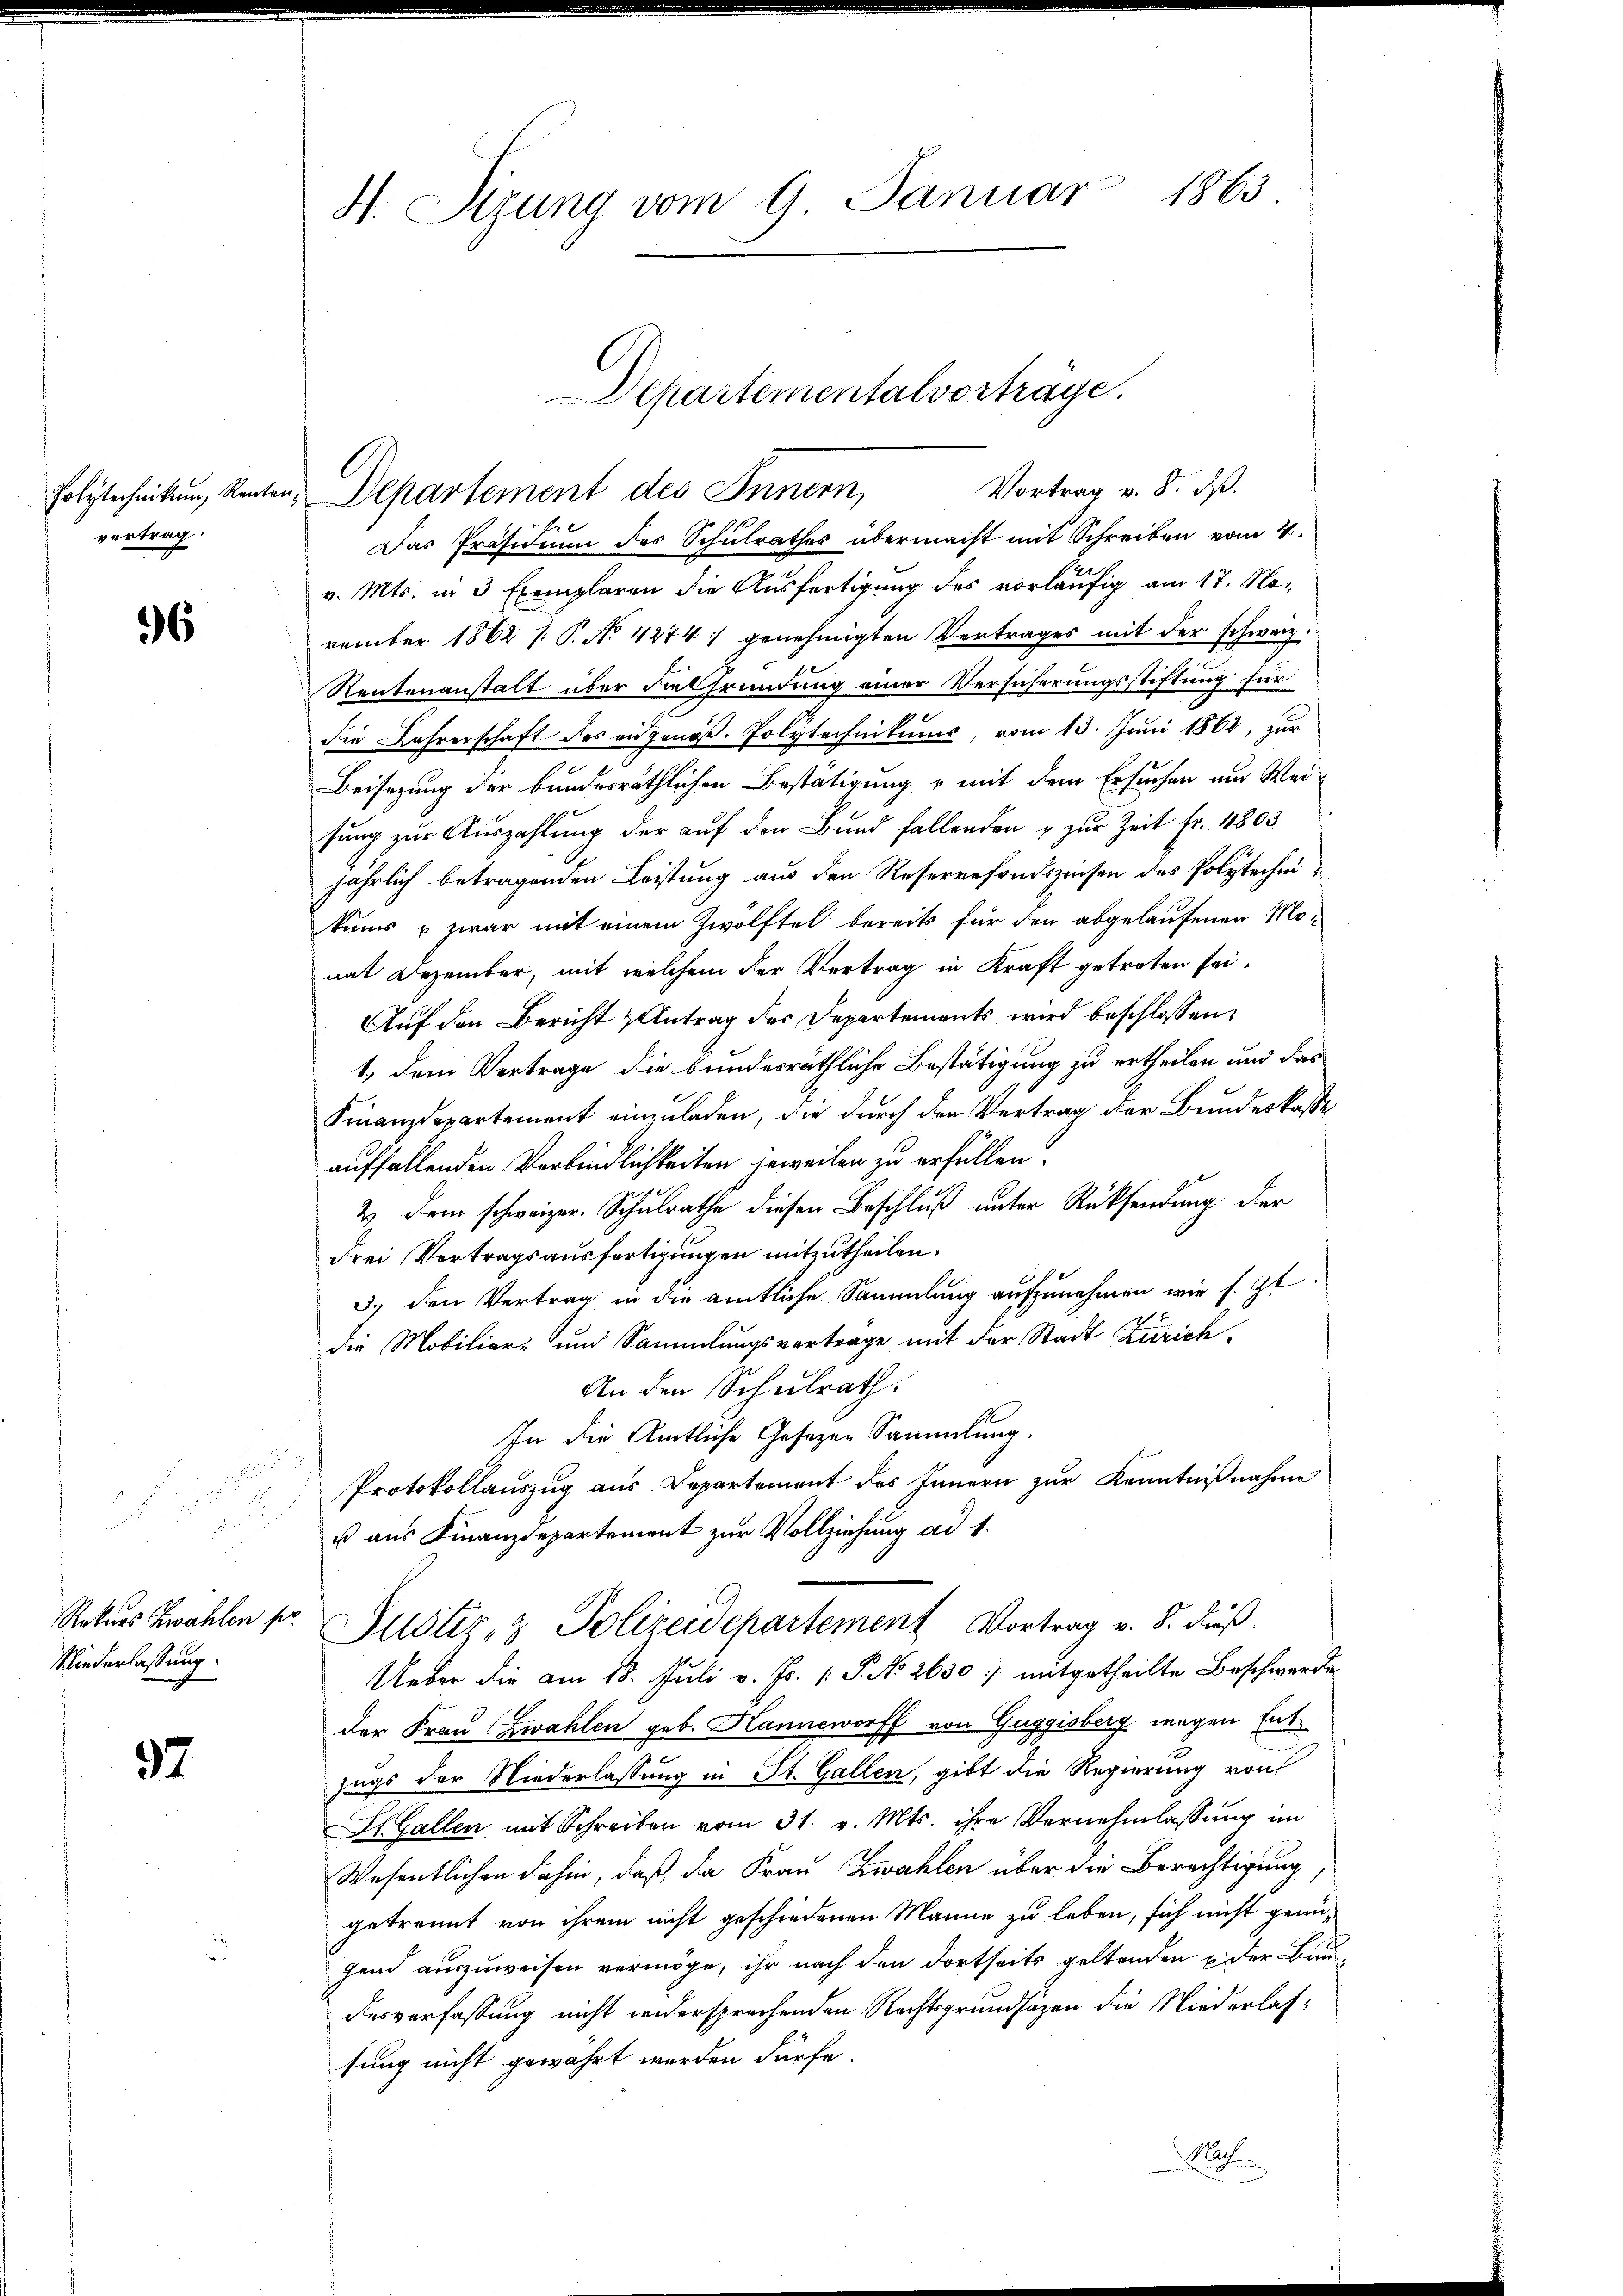
Polytechnikum, Renten
vertrag.

96

Niederlassung.

37

a

H. Sizung vom 9. Januar 1863.

Das Präsidium des Schulrathes übermacht mit Schreiben vom 4.
v. Mts. in 3 Exemplaren die Ausfertigung des vorläufig am 17. November 1862 /: P. No. 4274) genehmigten Vertrages mit der schweiz.
Reutenanstalt über die fründung einer Versicherungsstiftung für
die Lehrerschaft des eidgenöß. Polytechnikums, vom 13. Juni 1862, zur
Beisezung der bundesräthlichen Bestätigung, u mit dem Ersuchen um Weisung zur Auszahlung der auf den Bund fallenden u zŭr Zeit fr. 4803
jährlich betragenden Leistung aus den Reservefondszinsen des Polytecheikums & zwar mit einem Zwölftel bereits für den abgelaufenen Momat Dezember, mit welchem der Vertrag in Kraft getreten sei.
Auf den Bericht Antrag der Departements wird beschlossen
1., dem Vertrage, die bundesräthliche Bestätigung zu ertheilen und das
Finanzdepartement einzuladen, die durch den Vertrag der Bundeskasse
auffallenden Verbindlichkeiten jeweilen zu erfüllen.
2 Dem schweizer. Schulrathe diesen Beschluß unter Rücksendung der
drei Vertragsausfertigungen mitzutheilen.
3) den Vertrag in die amtliche Sammlung aufzunehmen wie s. Zt.
die Mobiliar- und Sammlungsvertrage mit der Stadt Zürich¬
An den Schulrath.
In die Amtliche Gesezen Sammlung.
Protokollauszug aus Departement des Innern zŭr Kenntniβnahme
u aus Finanzdepartement zur Vollziehung ad 1.
Rekurs Zwahlen pr. Justiz- & Polizeidepartement Vortrag v. 8. dieß.
Ueber die am 18. Juli v. Js. (T. No 2630 :/ mitgetheilte Beschwerde
der Frau Zwahlen geb. Hanneworff von Guggisberg wegen Entzugs der Niederlassung in St. Gallen, gibt die Regierung von
Sl. Gallen mit Schreiben vom 31. v. Mts. ihre Vernehmlassung im
Wesentlichen dahin, daß da Frau Zwahlen über die Berechtigung
getrennt von ihrem nicht geschiedenen Manne zu leben, sich nicht genügend auszuweisen vermöge, ihr nach den dortseits geltenden u der Baudesverfassung nicht widersprechenden Rechtsgrundsäzen die Niederlassung nicht gewährt werden dürfe.
2

Departementalvorträge.
Vortrag v. 8. d.
Departement des Innern,